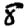
Digit: 8